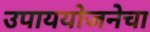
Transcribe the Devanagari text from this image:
उपाययोजनेचा